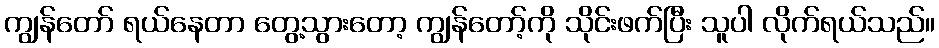
ကျွန်တော် ရယ်နေတာ တွေ့သွားတော့ ကျွန်တော့်ကို သိုင်းဖက်ပြီး သူပါ လိုက်ရယ်သည်။